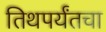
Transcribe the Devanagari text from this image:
तिथपर्यंतचा